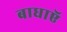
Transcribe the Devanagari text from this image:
बाधाऍ